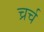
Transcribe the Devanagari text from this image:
च्रर्च